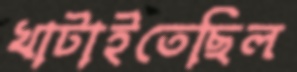
খাটাইতেছিল